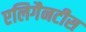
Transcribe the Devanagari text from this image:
एलिगैनटीस